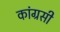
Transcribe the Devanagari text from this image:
कांग्रसी